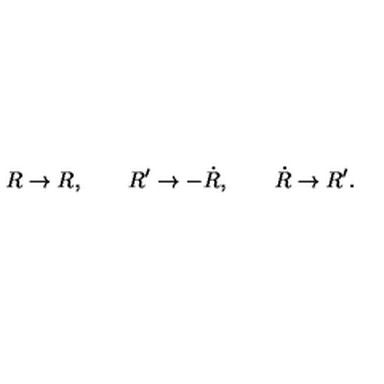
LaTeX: R \rightarrow R , \qquad R ^ { \prime } \rightarrow { - \dot { R } } , \qquad { \dot { R } } \rightarrow R ^ { \prime } .